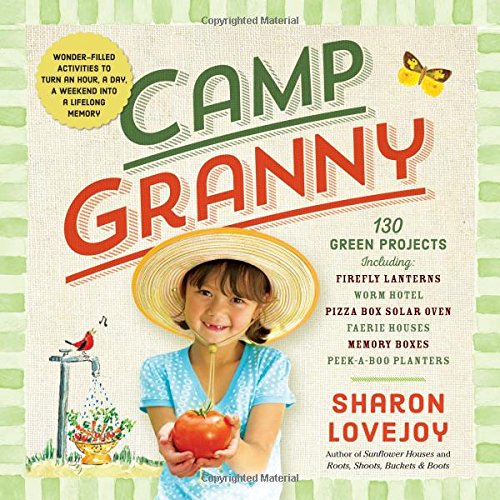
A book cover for Camp Granny; Sharon Lovejoy; Crafts, Hobbies & Home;